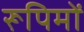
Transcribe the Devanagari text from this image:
रूपिमों